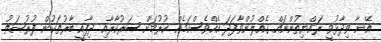
އޭނާ ވިދާޅުވީ ރައްޔިތުންނައް ގެއްލުންވާފަދަ އެއްވެސްކަމެއް ކުރުމަށް ސަރުކާރާއި ދިފާއީ ބާރުތަކުން ފުރުޞަތު